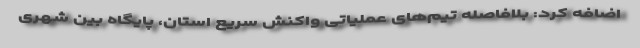
اضافه کرد: بلافاصله تیم‌های عملیاتی واکنش سریع استان، پایگاه بین شهری